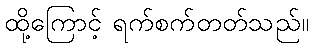
ထို့ကြောင့် ရက်စက်တတ်သည်။